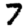
Digit: 7